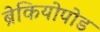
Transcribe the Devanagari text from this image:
ब्रेकियोपोड